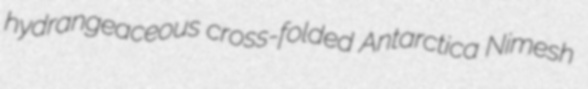
hydrangeaceous cross-folded Antarctica Nimesh